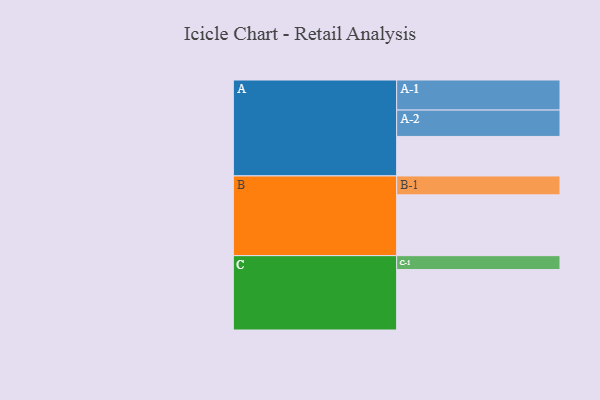
{"axis": {"x": "Segment", "y": "Value"}, "legend": ["", "A", "B", "C"], "data": [{"x": "A", "y": 355, "type": ""}, {"x": "B", "y": 546, "type": ""}, {"x": "C", "y": 543, "type": ""}, {"x": "A-1", "y": 270, "type": "A"}, {"x": "A-2", "y": 237, "type": "A"}, {"x": "B-1", "y": 170, "type": "B"}, {"x": "C-1", "y": 125, "type": "C"}]}